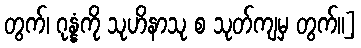
တွက်၊ ဂုန္နံကို သုဟိနာသု စ သုတ်ကျမှ တွက်။]